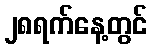
၂၈ရက်နေ့တွင်